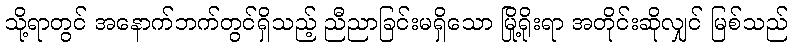
သို့ရာတွင် အနောက်ဘက်တွင်ရှိသည့် ညီညာခြင်းမရှိသော မြို့ရိုးရာ အတိုင်းဆိုလျှင် မြစ်သည်